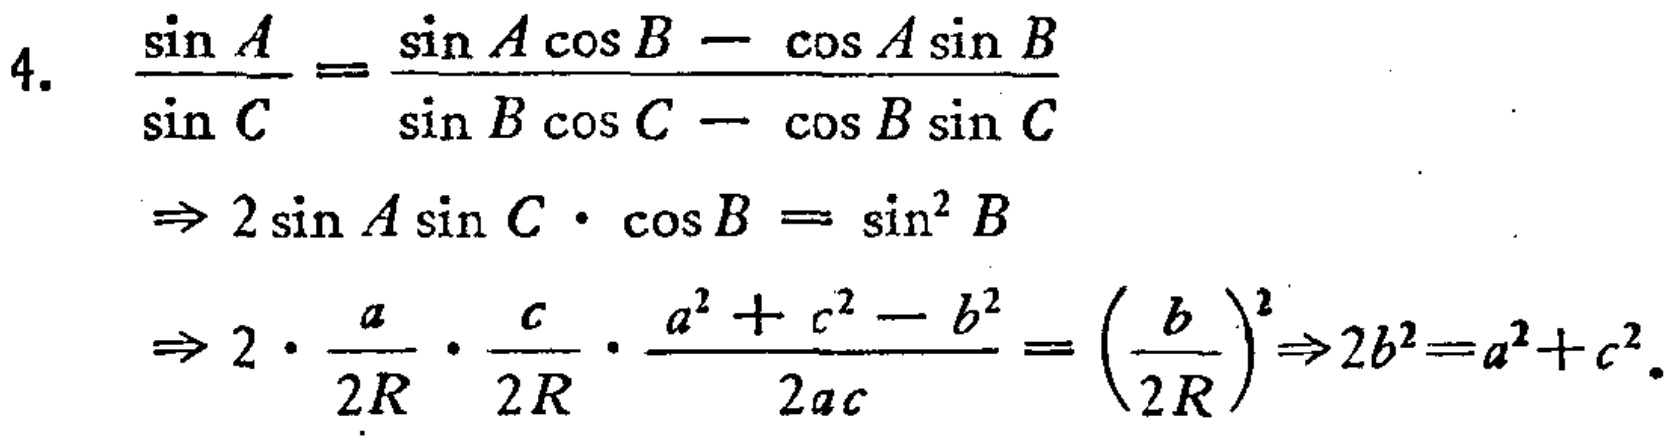
\[
\begin{align*}
4.\quad\frac{\sin A}{\sin C}&=\frac{\sin A\cos B - \cos A\sin B}{\sin B\cos C - \cos B\sin C}\\
&\Rightarrow 2\sin A\sin C\cdot\cos B=\sin^{2}B\\
&\Rightarrow 2\cdot\frac{a}{2R}\cdot\frac{c}{2R}\cdot\frac{a^{2}+c^{2}-b^{2}}{2ac}=\left(\frac{b}{2R}\right)^{2}\Rightarrow 2b^{2}=a^{2}+c^{2}.
\end{align*}
\]